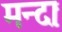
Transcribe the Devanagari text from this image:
मन्दाः